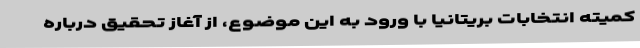
کمیته انتخابات بریتانیا با ورود به این موضوع، از آغاز تحقیق درباره